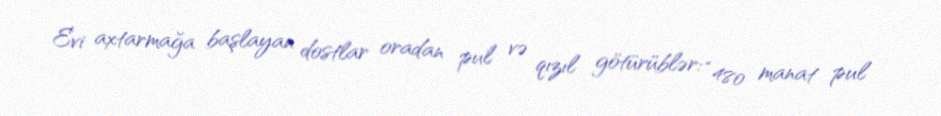
Evi axtarmağa başlayan dostlar oradan pul və qızıl götürüblər: “480 manat pul